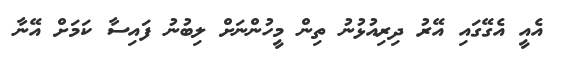
އެއީ އެގޭގައި އޭރު ދިރިއުޅުނު ތިން މީހުންނަށް ލިބުނު ފައިސާ ކަމަށް އޭނާ